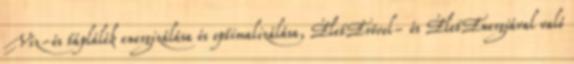
Víz-és táplálék energizálása és optimalizálása, ÉletErővel- és ÉletEnergiával való